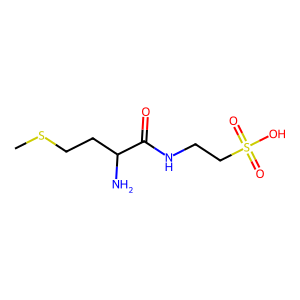
SMILES: CSCCC(N)C(=O)NCCS(=O)(=O)O
Inhibits HIV replication: No